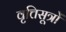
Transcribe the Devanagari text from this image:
वृत्तिसूत्रों